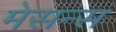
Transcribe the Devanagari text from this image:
मेसन्स